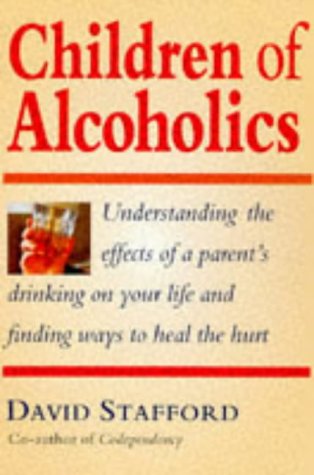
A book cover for Children of Alcoholics: Understanding the Effects of a Parent's Drinking on Your Life and Finding Ways to Heal the Hurt; David Stafford; Health, Fitness & Dieting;